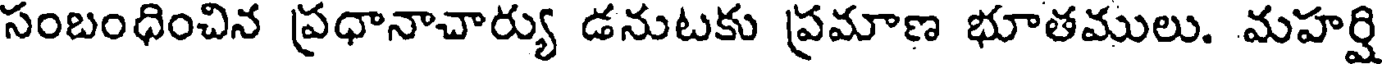
సంబంధించిన ప్రధానాచార్యు డనుటకు ప్రమాణ భూతములు. మహర్షి